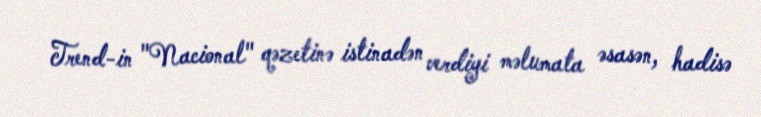
Trend-in "Nacional" qəzetinə istinadən verdiyi məlumata əsasən, hadisə